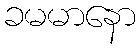
ခမမာနော